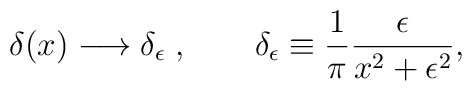
\delta(x)\longrightarrow \delta_{\epsilon}\;, \qquad     \delta_\epsilon\equiv\frac{1}{\pi}\frac{\epsilon}{x^2+\epsilon^2},